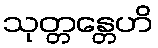
သုတ္တန္တေဟိ